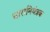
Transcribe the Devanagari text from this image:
धारानियंत्रक